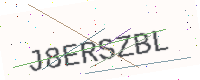
Text: J8ERSZBL